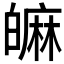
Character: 𤾝